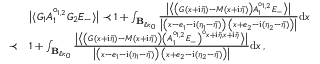
\begin{array} { r l } & { \big \vert \langle G _ { 1 } A _ { 1 } ^ { \circ _ { 1 , 2 } } G _ { 2 } E _ { - } \rangle \big \vert \prec 1 + \int _ { \mathbf { B } _ { \ell \kappa _ { 0 } } } \frac { \big \vert \big \langle \big ( G ( x + \mathrm { i } \tilde { \eta } ) - M ( x + \mathrm { i } \tilde { \eta } ) \big ) A _ { 1 } ^ { \circ _ { 1 , 2 } } E _ { - } \big \rangle \big \vert } { \big \vert \big ( x - e _ { 1 } - \mathrm { i } ( \eta _ { 1 } - \tilde { \eta } ) \big ) \, \big ( x + e _ { 2 } - \mathrm { i } ( \eta _ { 2 } - \tilde { \eta } ) \big ) \big \vert } \mathrm { d } x } \\ { \prec } & { 1 + \int _ { \mathbf { B } _ { \ell \kappa _ { 0 } } } \frac { \big \vert \big \langle \big ( G ( x + \mathrm { i } \tilde { \eta } ) - M ( x + \mathrm { i } \tilde { \eta } ) \big ) \big ( A _ { 1 } ^ { \circ _ { 1 , 2 } } E _ { - } \big ) ^ { \circ _ { x + \mathrm { i } \tilde { \eta } , x + \mathrm { i } \tilde { \eta } } } \big \rangle \big \vert } { \big \vert \big ( x - e _ { 1 } - \mathrm { i } ( \eta _ { 1 } - \tilde { \eta } ) \big ) \, \big ( x + e _ { 2 } - \mathrm { i } ( \eta _ { 2 } - \tilde { \eta } ) \big ) \big \vert } \mathrm { d } x \, , } \end{array}